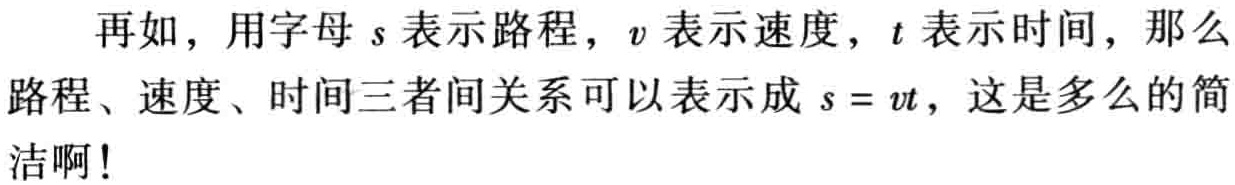
再如，用字母\(s\)表示路程，\(v\)表示速度，\(t\)表示时间，那么路程、速度、时间三者间关系可以表示成 \(s = vt\)，这是多么的简洁啊！